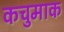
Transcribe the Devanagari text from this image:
कचुमाक